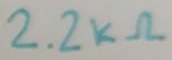
Text: 2.2kΩ